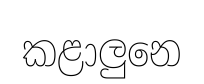
කළාලුනෙ